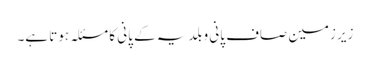
زیرِ زمین صاف پانی و بلدیہ کے پانی کا مسئلہ ہوتا ہے۔